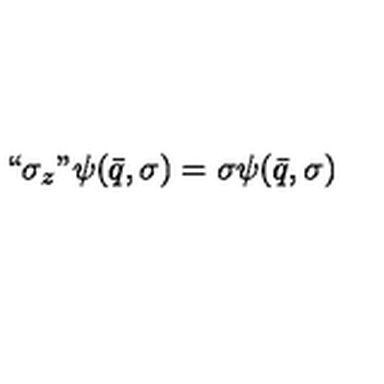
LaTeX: ` ` \sigma _ { z } " \psi ( \bar { q } , \sigma ) = \sigma \psi ( \bar { q } , \sigma )